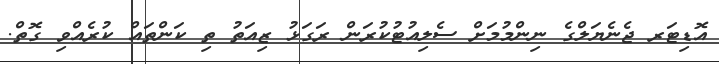
އޮޑިޓަރ ޖެނެޔަލްގެ ނިންމުމަށް ސެލިއުޓުކުރަން ރަގަޅު ޒިއަތު ތި ކަންތައް ކުރެއްވި ގޮތް.